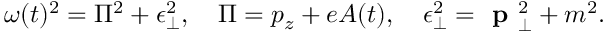
\omega ( t ) ^ { 2 } = \Pi ^ { 2 } + \epsilon _ { \perp } ^ { 2 } , \quad \Pi = p _ { z } + e A ( t ) , \quad \epsilon _ { \perp } ^ { 2 } = \textbf { p } _ { \perp } ^ { 2 } + m ^ { 2 } .